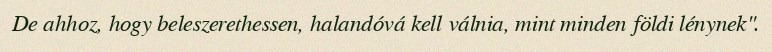
De ahhoz, hogy beleszerethessen, halandóvá kell válnia, mint minden földi lénynek".